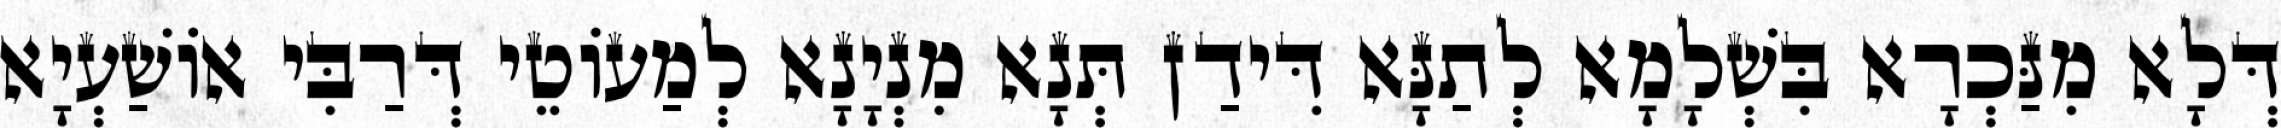
דְּלָא מִנַּכְרָא בִּשְׁלָמָא לְתַנָּא דִּידַן תְּנָא מִנְיָנָא לְמַעוֹטֵי דְּרַבִּי אוֹשַׁעְיָא